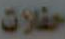
حفلات